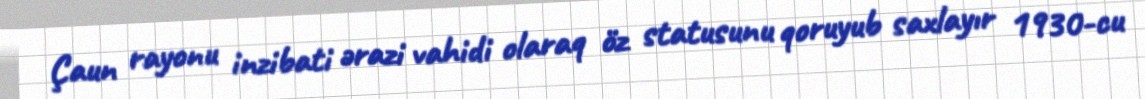
Çaun rayonu inzibati ərazi vahidi olaraq öz statusunu qoruyub saxlayır 1930-cu